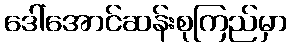
ဒေါ်အောင်ဆန်းစုကြည်မှာ